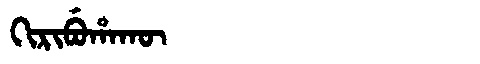
Manchu: ᡴᡳᡵᡳᠪᡠᡥᠠᡴᡡ
Romanization: KIRIBUHAKŪ